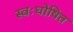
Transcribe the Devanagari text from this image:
स्वःघोषित